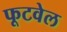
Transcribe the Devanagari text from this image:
फूटवेल